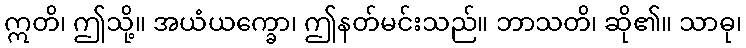
ဣတိ၊ ဤသို့။ အယံယက္ခော၊ ဤနတ်မင်းသည်။ ဘာသတိ၊ ဆို၏။ သာဓု၊